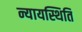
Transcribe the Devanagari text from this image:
न्यायस्थिति